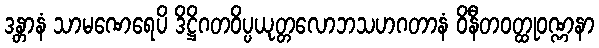
ဒန္တာနံ သာမဏေရေပိ ဒိဋ္ဌိဂတဝိပ္ပယုတ္တလောဘသဟဂတာနံ ဝိနီတဝတ္ထုဝဏ္ဏနာ